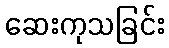
ဆေးကုသခြင်း